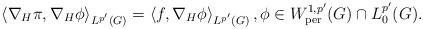
LaTeX: \begin{align*} \left< \nabla_H\pi, \nabla_H\phi \right>_{L^{p'}(G)} = \left< f, \nabla_H\phi \right>_{L^{p'}(G)}, \phi\in W^{1,p'}_{\mathrm{per}}(G)\cap L^{p'}_0(G).\end{align*}